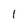
Character: 1